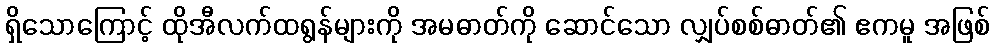
ရှိသောကြောင့် ထိုအီလက်ထရွန်များကို အမဓာတ်ကို ဆောင်သော လျှပ်စစ်ဓာတ်၏ ဧကမူ အဖြစ်